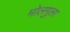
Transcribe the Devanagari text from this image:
मोलगुला